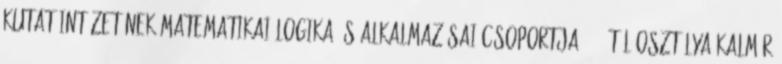
Kutatóintézetének Matematikai Logika és Alkalmazásai csoportja 1958-tól Osztálya Kalmár